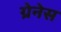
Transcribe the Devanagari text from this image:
ग्रेनेस